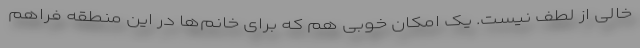
خالی از لطف نیست. یک امکان خوبی هم که برای خانم‌ها در این منطقه فراهم